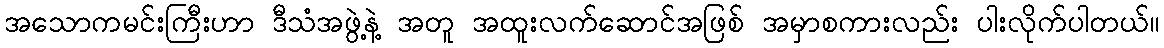
အသောကမင်းကြီးဟာ ဒီသံအဖွဲ့နဲ့ အတူ အထူးလက်ဆောင်အဖြစ် အမှာစကားလည်း ပါးလိုက်ပါတယ်။